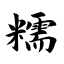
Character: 糯